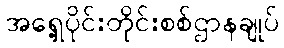
အရှေ့ပိုင်းတိုင်းစစ်ဌာနချုပ်